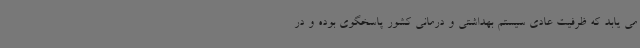
می یابد که ظرفیت عادی سیستم بهداشتی و درمانی کشور پاسخگوی بوده و در